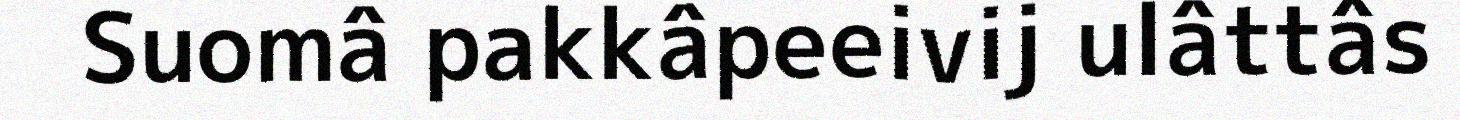
Suomâ pakkâpeeivij ulâttâs